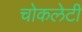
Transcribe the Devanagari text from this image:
चोकलेटी